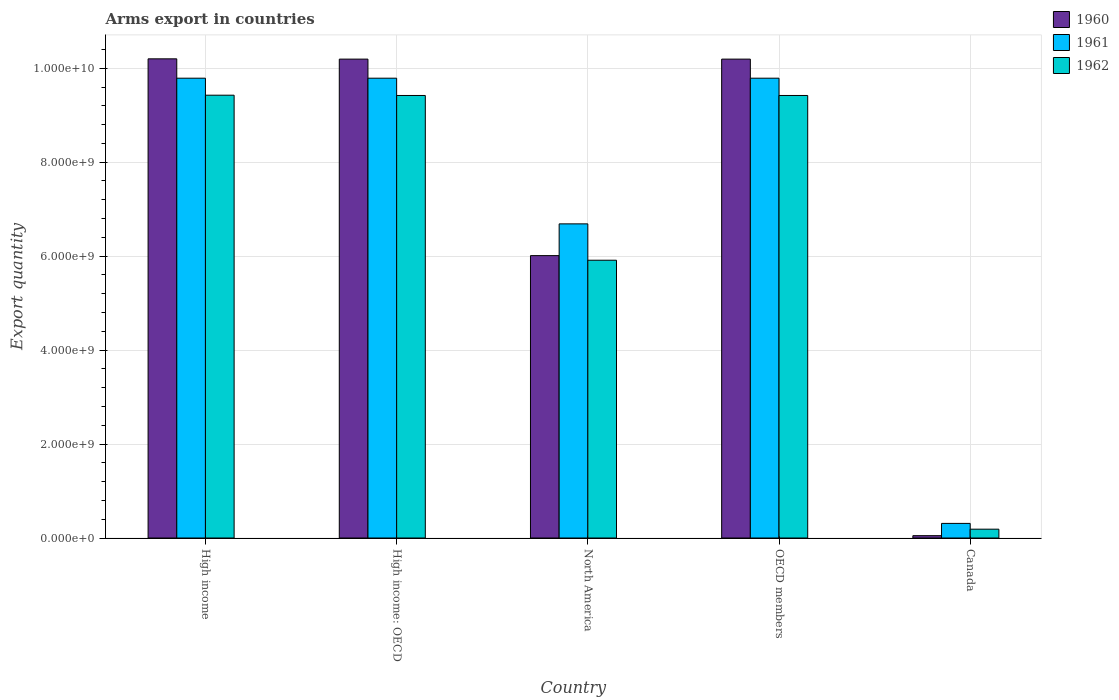
| Country | 1960 | 1961 | 1962 |
 | --- | --- | --- | --- |
 | High income | 1.02e+10 | 9.79e+09 | 9.43e+09 |
 | High income: OECD | 1.02e+10 | 9.79e+09 | 9.42e+09 |
 | North America | 6.01e+09 | 6.69e+09 | 5.91e+09 |
 | OECD members | 1.02e+10 | 9.79e+09 | 9.42e+09 |
 | Canada | 5e+07 | 3.11e+08 | 1.88e+08 |